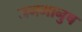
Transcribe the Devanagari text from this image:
जनमानुष